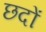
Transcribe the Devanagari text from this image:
छदों